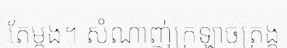
តែម្តង។ សំណាញ់ក្រឡាចត្រង្គ